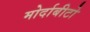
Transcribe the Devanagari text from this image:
मोर्दाबीटो